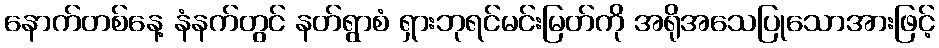
နောက်တစ်နေ့ နံနက်တွင် နတ်ရွာစံ ရှားဘုရင်မင်းမြတ်ကို အရိုအသေပြုသောအားဖြင့်